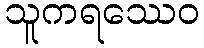
သူကရဿေဝ